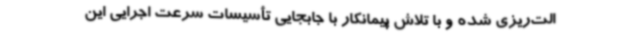
الت‌ریزی شده و با تلاش پیمانکار با جابجایی تأسیسات سرعت اجرایی این